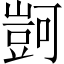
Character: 𧯶